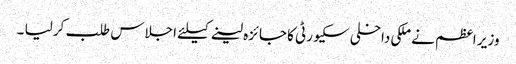
وزیر اعظم نے ملکی داخلی سکیورٹی کا جائزہ لینے کیلئے اجلاس طلب کر لیا ۔